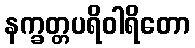
နက္ခတ္တပရိဝါရိတော